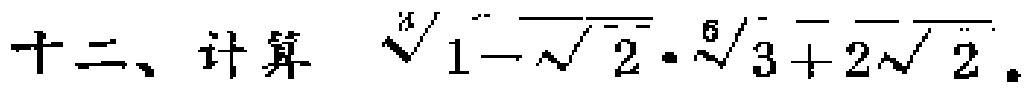
\(\sqrt[3]{1 - \sqrt{2}} \cdot \sqrt[6]{3 + 2\sqrt{2}}\)